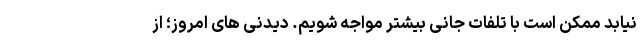
نیابد ممکن است با تلفات جانی بیشتر مواجه شویم. دیدنی های امروز؛ از